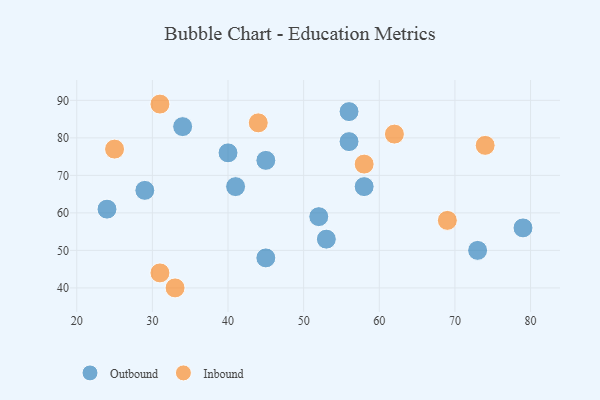
{"axis": {"x": "GDP", "y": "Life Expectancy"}, "legend": ["Inbound", "Outbound"], "data": [{"x": "34", "y": 83, "type": "Outbound"}, {"x": "52", "y": 59, "type": "Outbound"}, {"x": "73", "y": 50, "type": "Outbound"}, {"x": "24", "y": 61, "type": "Outbound"}, {"x": "53", "y": 53, "type": "Outbound"}, {"x": "41", "y": 67, "type": "Outbound"}, {"x": "45", "y": 74, "type": "Outbound"}, {"x": "58", "y": 67, "type": "Outbound"}, {"x": "79", "y": 56, "type": "Outbound"}, {"x": "40", "y": 76, "type": "Outbound"}, {"x": "56", "y": 87, "type": "Outbound"}, {"x": "45", "y": 48, "type": "Outbound"}, {"x": "29", "y": 66, "type": "Outbound"}, {"x": "56", "y": 79, "type": "Outbound"}, {"x": "74", "y": 78, "type": "Inbound"}, {"x": "58", "y": 73, "type": "Inbound"}, {"x": "33", "y": 40, "type": "Inbound"}, {"x": "31", "y": 44, "type": "Inbound"}, {"x": "62", "y": 81, "type": "Inbound"}, {"x": "25", "y": 77, "type": "Inbound"}, {"x": "69", "y": 58, "type": "Inbound"}, {"x": "31", "y": 89, "type": "Inbound"}, {"x": "44", "y": 84, "type": "Inbound"}]}